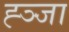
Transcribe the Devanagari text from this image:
ह्ञ्जा